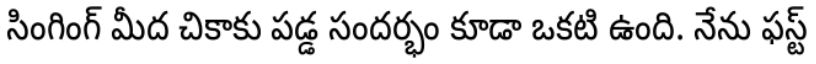
సింగింగ్ మీద చికాకు పడ్డ సందర్భం కూడా ఒకటి ఉంది. నేను ఫస్ట్